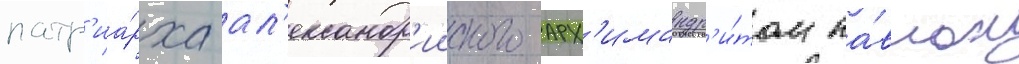
патр'иа́рха ал'ександр'ииского арх'имандр'и́том па́влом